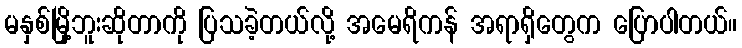
မနှစ်မြို့ဘူးဆိုတာကို ပြသခဲ့တယ်လို့ အမေရိကန် အရာရှိတွေက ပြောပါတယ်။